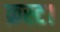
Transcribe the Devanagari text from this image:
क्रस्ट।